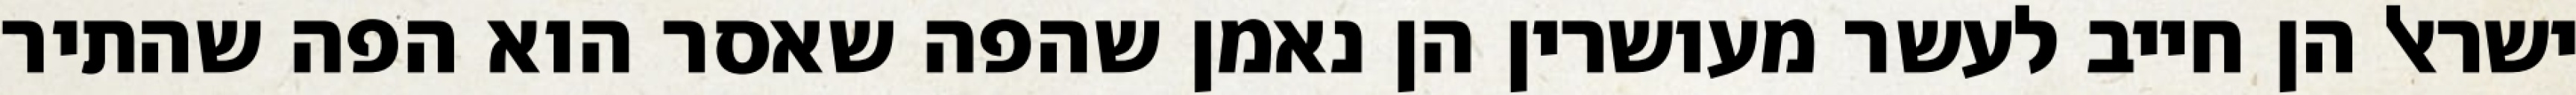
ישראל הן חייב לעשר מעושרין הן נאמן שהפה שאסר הוא הפה שהתיר